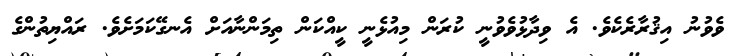
ވެވުނު އިޤުރާރެކެވެ. އެ ވިދާޅުވެވުނީ ކުރަން މިއުޅެނީ ކީއްކަން ތިމަންނާއަށް އެނގޭކަމަށެވެ. ރައްޔިތުންގެ